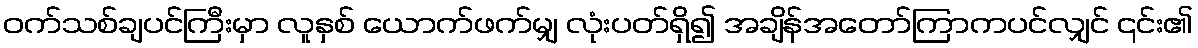
ဝက်သစ်ချပင်ကြီးမှာ လူနှစ် ယောက်ဖက်မျှ လုံးပတ်ရှိ၍ အချိန်အတော်ကြာကပင်လျှင် ၎င်း၏